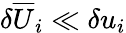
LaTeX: \delta\overline{{U}}_{i}\ll\delta u_{i}